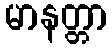
မာနတ္တာ